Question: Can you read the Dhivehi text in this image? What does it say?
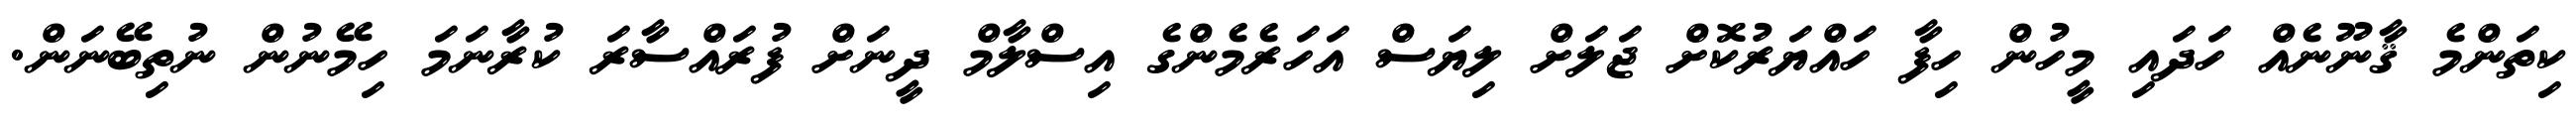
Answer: ކިތަންމެ ޤާނޫނެއް ހަދައި މީހުން ހިފާ ހައްޔަރުކޮށް ޖަލަށް ލިޔަސް އަހަރެމެންގެ އިސްލާމް ދީނަށް ފުރައްސާރަ ކުރާނަމަ ހިމޭނުން ނުތިބޭނަން.